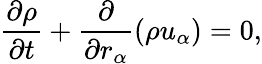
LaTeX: \frac{\partial\rho}{\partial t}+\frac{\partial}{\partial r_{\alpha}}(\rho u_{\alpha})=0,